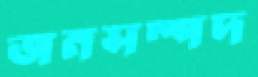
জনসম্পদ